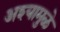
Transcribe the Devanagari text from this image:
अश्यामुळे